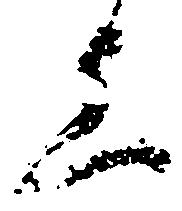
上